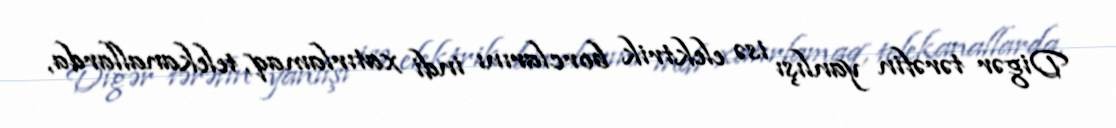
Digər tərəfin yanlışı isə elektrik borclarını indi xatırlamaq, telekanallarda,